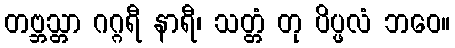
တဗ္ဘသ္တာ ဂဂ္ဂရီ နာရီ၊ သတ္တံ တု ပိပ္ဖလံ ဘဝေ။